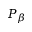
P _ { \beta }